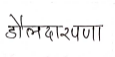
मजकूर: दौलदाखणा